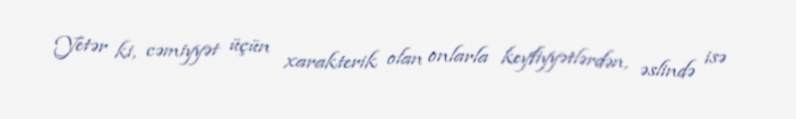
Yetər ki, cəmiyyət üçün xarakterik olan onlarla keyfiyyətlərdən, əslində isə